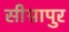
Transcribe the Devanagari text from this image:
सीग्नापुर